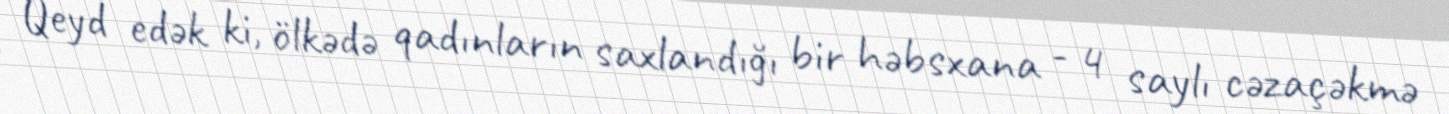
Qeyd edək ki, ölkədə qadınların saxlandığı bir həbsxana - 4 saylı cəzaçəkmə